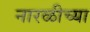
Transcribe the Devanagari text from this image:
नारळीच्या